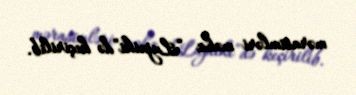
mərasimləri məhz “Lujniki”də keçirilib.